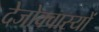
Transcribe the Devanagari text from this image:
देजोक्वास्यों